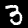
Digit: 3